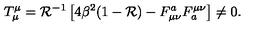
T _ { \mu } ^ { \mu } = { \cal { R } } ^ { - 1 } \left[ 4 \beta ^ { 2 } ( 1 - { \cal { R } } ) - F _ { \mu \nu } ^ { a } F _ { a } ^ { \mu \nu } \right] \neq 0 .